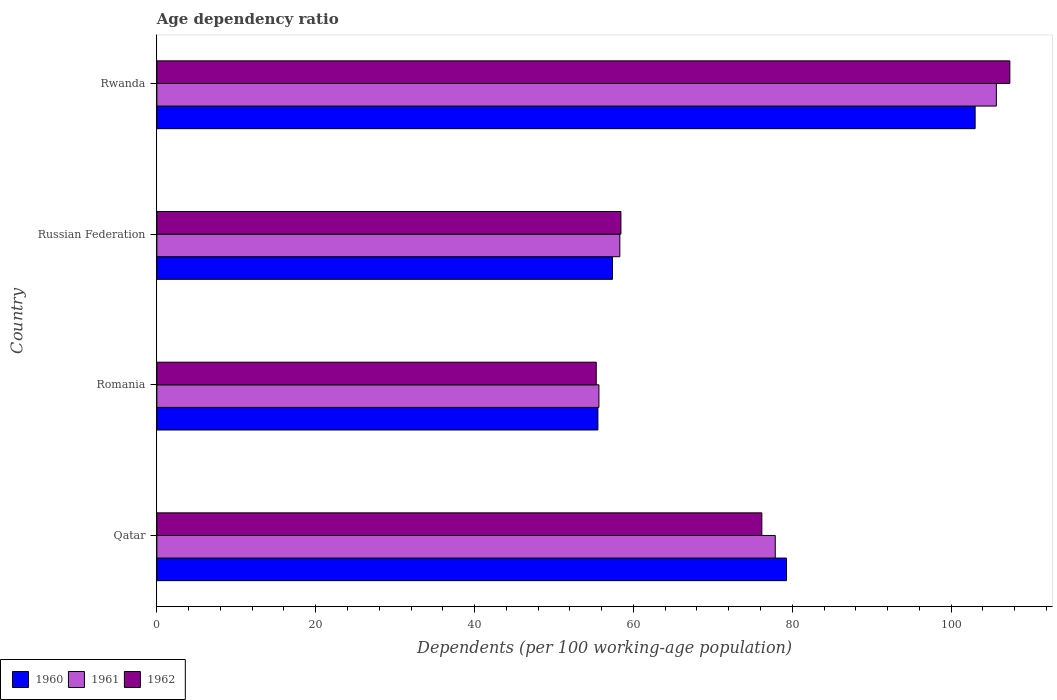
| Country | 1960 | 1961 | 1962 |
 | --- | --- | --- | --- |
 | Qatar | 79.3 | 77.9 | 76.2 |
 | Romania | 55.5 | 55.7 | 55.3 |
 | Russian Federation | 57.4 | 58.3 | 58.4 |
 | Rwanda | 103 | 106 | 107 |